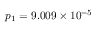
p _ { 1 } = 9 . 0 0 9 \times 1 0 ^ { - 5 }